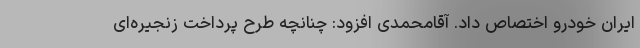
ایران خودرو اختصاص داد. آقامحمدی افزود: چنانچه طرح پرداخت زنجیره‌ای